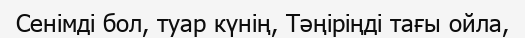
Сенімді бол, туар күнің, Тәңіріңді тағы ойла,